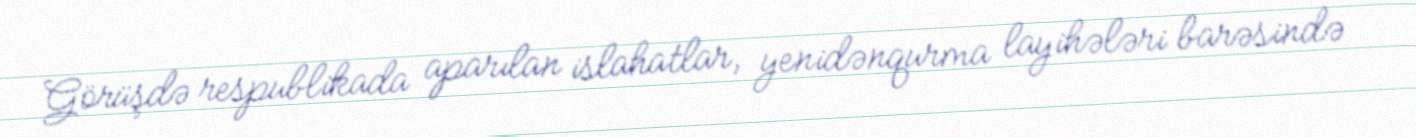
Görüşdə respublikada aparılan islahatlar, yenidənqurma layihələri barəsində